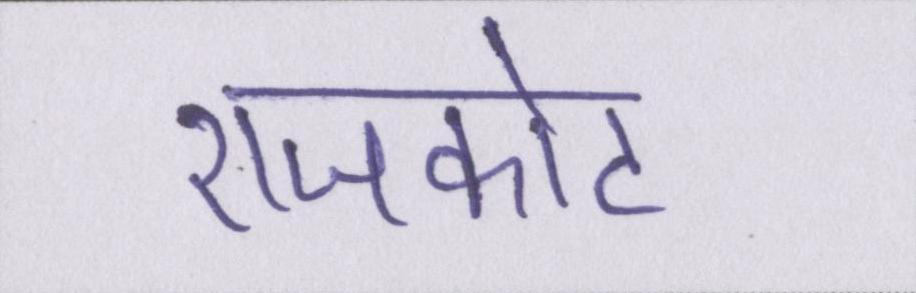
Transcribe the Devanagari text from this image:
राजकोट